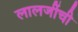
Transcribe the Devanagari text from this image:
लालजींची